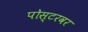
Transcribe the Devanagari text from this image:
पोस्टरवर